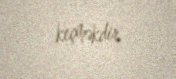
keçməkdir.